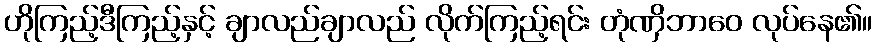
ဟိုကြည့်ဒီကြည့်နှင့် ချာလည်ချာလည် လိုက်ကြည့်ရင်း တုံဏှိဘာဝေ လုပ်နေ၏။